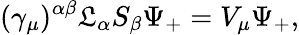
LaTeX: (\gamma_{\mu})^{\alpha\beta}\mathfrak{L}_{\alpha}S_{\beta}\Psi_{+}=V_{\mu}\Psi_{+},